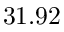
3 1 . 9 2